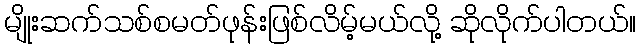
မျိုးဆက်သစ်စမတ်ဖုန်းဖြစ်လိမ့်မယ်လို့ ဆိုလိုက်ပါတယ်။